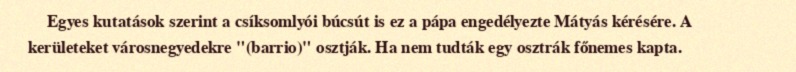
Egyes kutatások szerint a csíksomlyói búcsút is ez a pápa engedélyezte Mátyás kérésére. A kerületeket városnegyedekre "(barrio)" osztják. Ha nem tudták egy osztrák főnemes kapta.